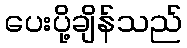
ပေးပို့ချိန်သည်